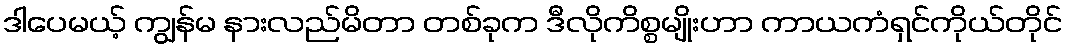
ဒါပေမယ့် ကျွန်မ နားလည်မိတာ တစ်ခုက ဒီလိုကိစ္စမျိုးဟာ ကာယကံရှင်ကိုယ်တိုင်